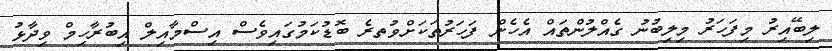
ލިބޭއިރު މިފަހަރު މިލިބުނު ގެއްލުންތައް އެހެން ފަހަރުތަކަށްވުތރެ ބޮޑުކަމުގައިވެސް އިސްމާއިލް އިބުރާހިމް ވިދާޅު